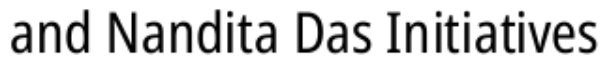
and Nandita Das Initiatives